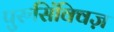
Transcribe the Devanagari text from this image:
पुरुसिंक्विज़